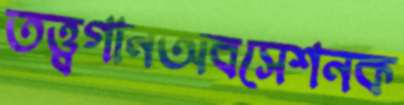
তত্ত্বগানঅবসেশনক